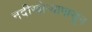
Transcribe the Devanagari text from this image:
नदीखोर्‍यापासून